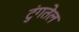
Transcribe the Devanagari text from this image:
टुंगतेल